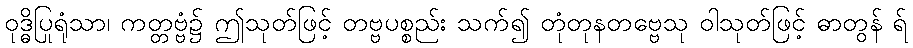
ဝုဒ္ဓိပြုရုံသာ၊ ကတ္တဗ္ဗံ၌ ဤသုတ်ဖြင့် တဗ္ဗပစ္စည်း သက်၍ တုံတုနတဗ္ဗေသု ဝါသုတ်ဖြင့် ဓာတွန် ရ်